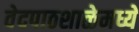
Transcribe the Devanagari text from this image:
वेदपाठशाळेमध्ये